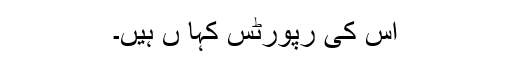
اس کی رپورٹس کہا ں ہیں۔